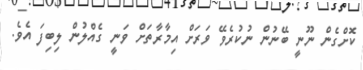
ކޮށްގެން ނޫނީ ބޭނުން ނުކުރެވޭ ވަރަށް އިމާރާތަށް ވަނީ ގެއްލުން ލިބިފަ އެވެ.